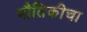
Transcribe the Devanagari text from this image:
भौतिकीचा